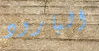
البارود